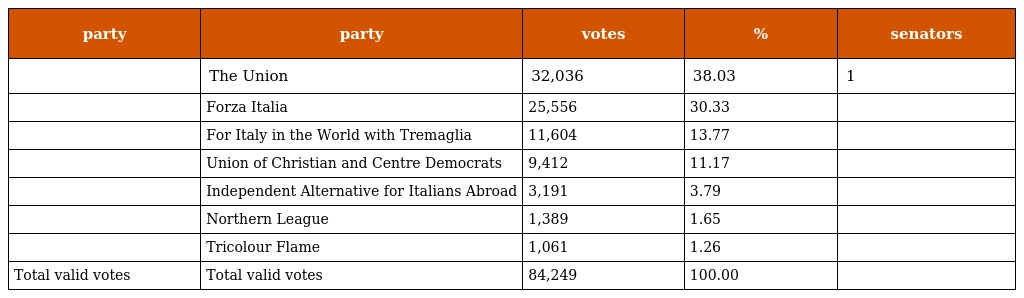
| party | party | votes | % | senators |
 | --- | --- | --- | --- | --- |
 |  | The Union | 32,036 | 38.03 | 1 |
 |  | Forza Italia | 25,556 | 30.33 |  |
 |  | For Italy in the World with Tremaglia | 11,604 | 13.77 |  |
 |  | Union of Christian and Centre Democrats | 9,412 | 11.17 |  |
 |  | Independent Alternative for Italians Abroad | 3,191 | 3.79 |  |
 |  | Northern League | 1,389 | 1.65 |  |
 |  | Tricolour Flame | 1,061 | 1.26 |  |
 | Total valid votes | Total valid votes | 84,249 | 100.00 |  |